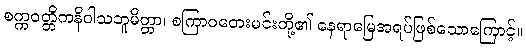
စက္ကဝတ္တိကနိဝါသဘူမိတ္တာ၊ စကြာဝတေးမင်းတို့၏ နေရာမြေအရပ်ဖြစ်သောကြောင့်။